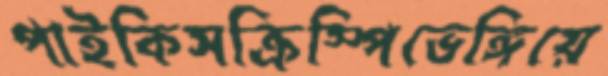
পাইকিসক্রিস্পিভেঙ্গিয়ে